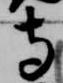
寺